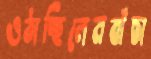
ওঠাচ্ছিলেনবাঁচা